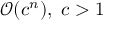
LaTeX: { \mathcal { O } } ( c ^ { n } ) , \; c > 1